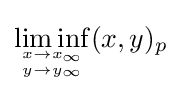
\liminf _{x\to x_{\infty } \atop y\to y_{\infty }}(x,y)_{p}